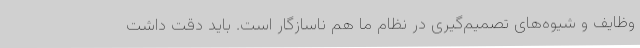
وظایف و شیوه‌های تصمیم‌گیری در نظام ما هم ناسازگار است. باید دقت داشت